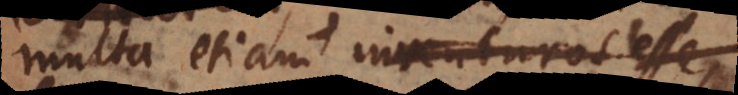
multa etiam inventuros esse,